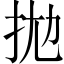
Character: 拋